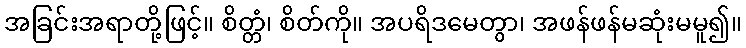
အခြင်းအရာတို့ဖြင့်။ စိတ္တံ၊ စိတ်ကို။ အပရိဒမေတွာ၊ အဖန်ဖန်မဆုံးမမူ၍။